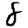
Digit: 8